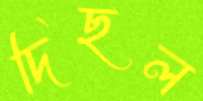
দিছল